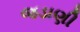
જડાણી